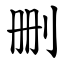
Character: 删